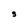
Character: 3